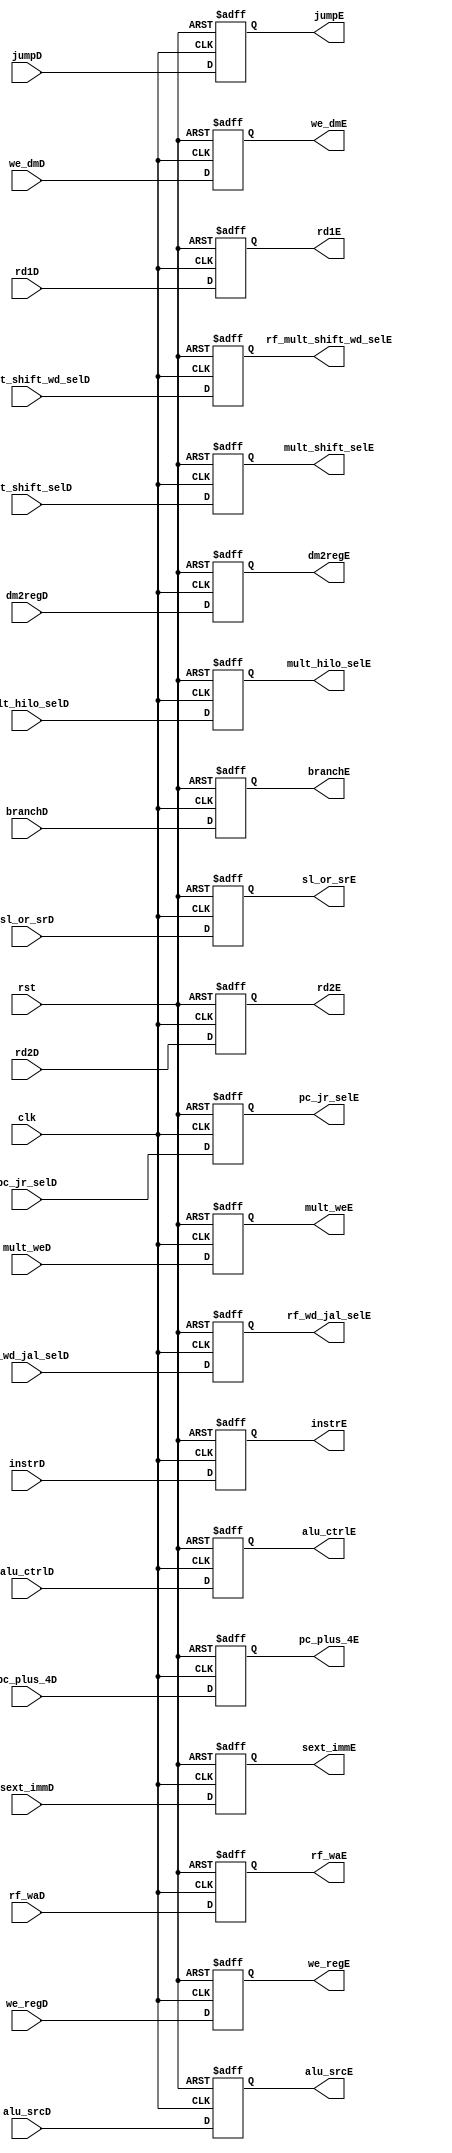
`timescale 1ns / 1ps
//////////////////////////////////////////////////////////////////////////////////
// Company: 
// Engineer: 
// 
// Design Name: 
// Module Name: DE_EX_State_Reg
// Project Name: 
// Target Devices: 
// Tool Versions: 
// Description: 
// 
// Dependencies: 
// 
// Revision:
// Revision 0.01 - File Created
// Additional Comments:
// 
//////////////////////////////////////////////////////////////////////////////////


module DE_EX_State_Reg(
        // Datapath 
        input   wire            clk, rst,
        input   wire    [31:0]  rd1D,
        input   wire    [31:0]  rd2D,
        input   wire    [31:0]  sext_immD,
        input   wire    [4:0]   rf_waD,
        input   wire    [31:0]  pc_plus_4D,
        input   wire    [31:0]  instrD,
        
        output  reg     [31:0]  rd1E,
        output  reg     [31:0]  rd2E,
        output  reg     [31:0]  sext_immE,
        output  reg     [4:0]   rf_waE,
        output  reg     [31:0]  pc_plus_4E,
        output  reg     [31:0]  instrE,
        
        // Control Signals
        input   wire            branchD,
        input   wire            jumpD,
        input   wire            we_regD,
        input   wire            alu_srcD,
        input   wire            we_dmD,
        input   wire            dm2regD,
        input   wire            rf_wd_jal_selD,
        input   wire    [2:0]   alu_ctrlD,
        input   wire            mult_weD,
        input   wire            rf_mult_shift_wd_selD,
        input   wire            sl_or_srD,
        input   wire            mult_shift_selD,
        input   wire            pc_jr_selD,
        input   wire            mult_hilo_selD,
        
        output   reg            branchE,
        output   reg            jumpE,
        output   reg            we_regE,
        output   reg            alu_srcE,
        output   reg            we_dmE,
        output   reg            dm2regE,
        output   reg            rf_wd_jal_selE,
        output   reg    [2:0]   alu_ctrlE,
        output   reg            mult_weE,
        output   reg            rf_mult_shift_wd_selE,
        output   reg            sl_or_srE,
        output   reg            mult_shift_selE,
        output   reg            pc_jr_selE,
        output   reg            mult_hilo_selE
    );
    
    always @ (posedge clk, posedge rst) begin
        if (rst) begin
            rd1E                    <= 0;
            rd2E                    <= 0;
            sext_immE               <= 0;
            rf_waE                  <= 0;
            pc_plus_4E              <= 0;
            instrE                  <= 0;
            
            branchE                 <= 0;
            jumpE                   <= 0;
            we_regE                 <= 0;
            alu_srcE                <= 0;
            we_dmE                  <= 0;
            dm2regE                 <= 0;
            rf_wd_jal_selE          <= 0;
            alu_ctrlE               <= 0;
            mult_weE                <= 0;
            rf_mult_shift_wd_selE   <= 0;
            sl_or_srE               <= 0;
            mult_shift_selE         <= 0;
            pc_jr_selE              <= 0;  
            mult_hilo_selE          <= 0;
        end
        else begin
            rd1E                    <= rd1D;
            rd2E                    <= rd2D;
            sext_immE               <= sext_immD;
            rf_waE                  <= rf_waD;
            pc_plus_4E              <= pc_plus_4D;
            instrE                  <= instrD;
            
            branchE                 <= branchD;
            jumpE                   <= jumpD;
            we_regE                 <= we_regD;
            alu_srcE                <= alu_srcD;
            we_dmE                  <= we_dmD;
            dm2regE                 <= dm2regD;
            rf_wd_jal_selE          <= rf_wd_jal_selD;
            alu_ctrlE               <= alu_ctrlD;
            mult_weE                <= mult_weD;
            rf_mult_shift_wd_selE   <= rf_mult_shift_wd_selD;
            sl_or_srE               <= sl_or_srD;
            mult_shift_selE         <= mult_shift_selD;
            pc_jr_selE              <= pc_jr_selD;  
            mult_hilo_selE          <= mult_hilo_selD;
        end
    end
endmodule